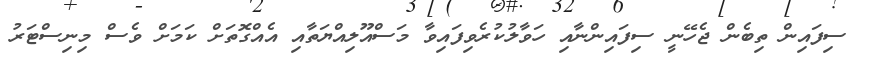
ސިފައިން ތިބެން ޖެހޭނީ ސިފައިންނާއި ހަވާލުކުރެވިފައިވާ މަސްއޫލިއްޔަތާއި އެއްގޮތަށް ކަމަށް ވެސް މިނިސްޓަރު